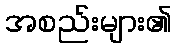
အစည်းများ၏